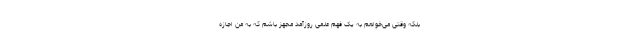
بلکه وقتی می‌خواهم به یک فهم علمی روزآمد مجهز باشم که به من اجازه